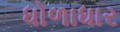
ધોળાધાર